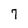
Character: 7